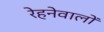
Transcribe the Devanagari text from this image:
रेहनेवालों